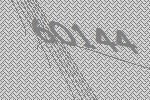
60144